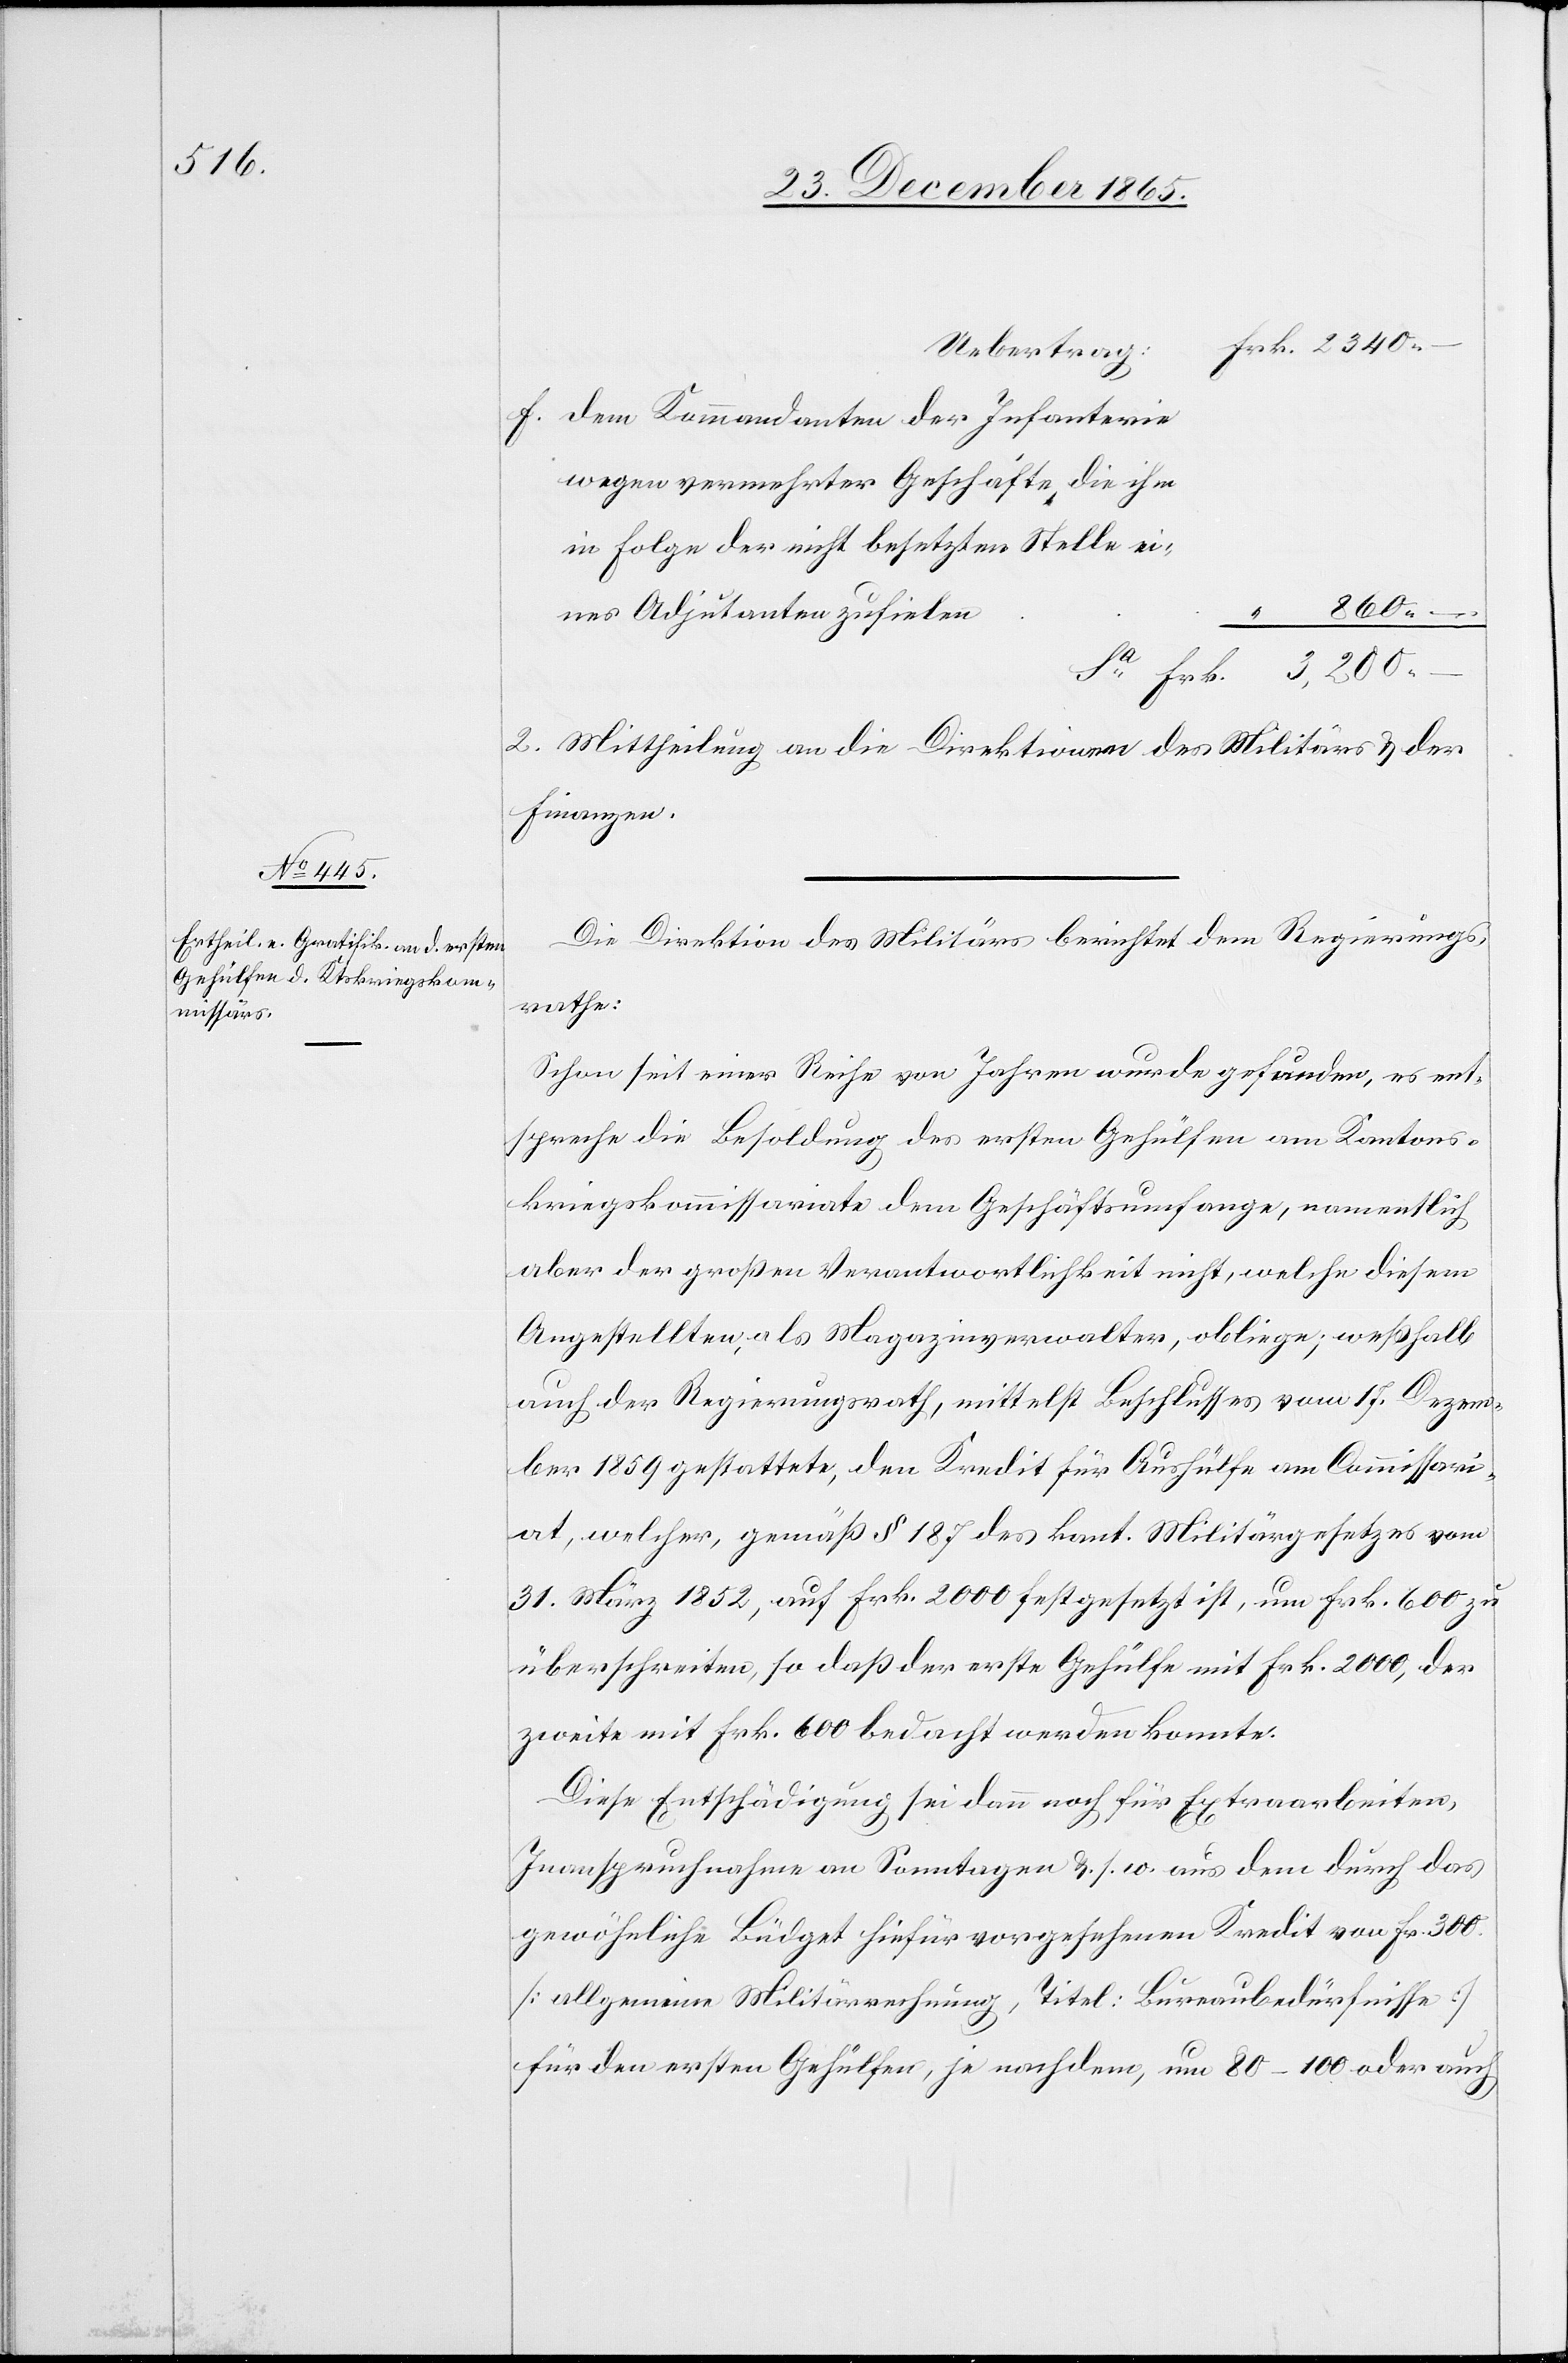
Frk.

der

Uebertrag
wegen vermehrter Geschäfte, die ihm
in Folge der nicht besetzten Stelle ei¬
2300.–
nes Adjutanten zufielen.
“
2. Mittheilung an die Direktionen des Militärs & der
Finanzen.
Die Direktion des Militärs berichtet dem Regierungs¬
rathe:
Schon seit einer Reihe von Jahren werde gefunden, es ent¬
spreche die Besoldung des ersten Gehülfen am Kantons¬
kriegskommissariate dem Geschäftsumfange, namentlich
aber der großen Verantwortlichkeit nicht, welche diesem
Angestellten, als Magazinverwalter, obliege; weßhalb
auch der Regierungsrath, mittelst Beschlusses vom 17. Dezem¬
ber 1859 gestattete, den Kredit für Aushülfe am Commissari¬
at, welche, gemäß § 187 des kant. Militärgesetzes vom
31. März 1852, auf Frk. 2000 festgesetzt ist, um Frk. 600 zu
überschreiten, so daß der erste Gehülfe mit Frk. 2000, der
zweite mit Frk. 600 bedacht werden konnte.
Diese Entschädigung sei dann noch für Extraarbeiten,
Inanspruchnahme an Sonntagen & s. w. aus dem durch das
gewöhnliche Büdget hiefür vorgesehenen Kredit von Fr. 300
[allgemeine Militärrechnung, Titel: Bureaubedürfnisse]
für den ersten Gehülfen, je nachdem, um 80–100 oder auch